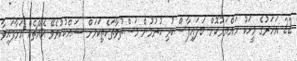
22 އަހަރުގެ މީހަކު ހައްޔަރުކޮށް ބަލައިފާސްކުރި ކުރުމުން މަސްތުވާތަކެތިކަމަށް ޝައްކުކުރެވޭ އެއްޗެއް އަޅާފައިވާ